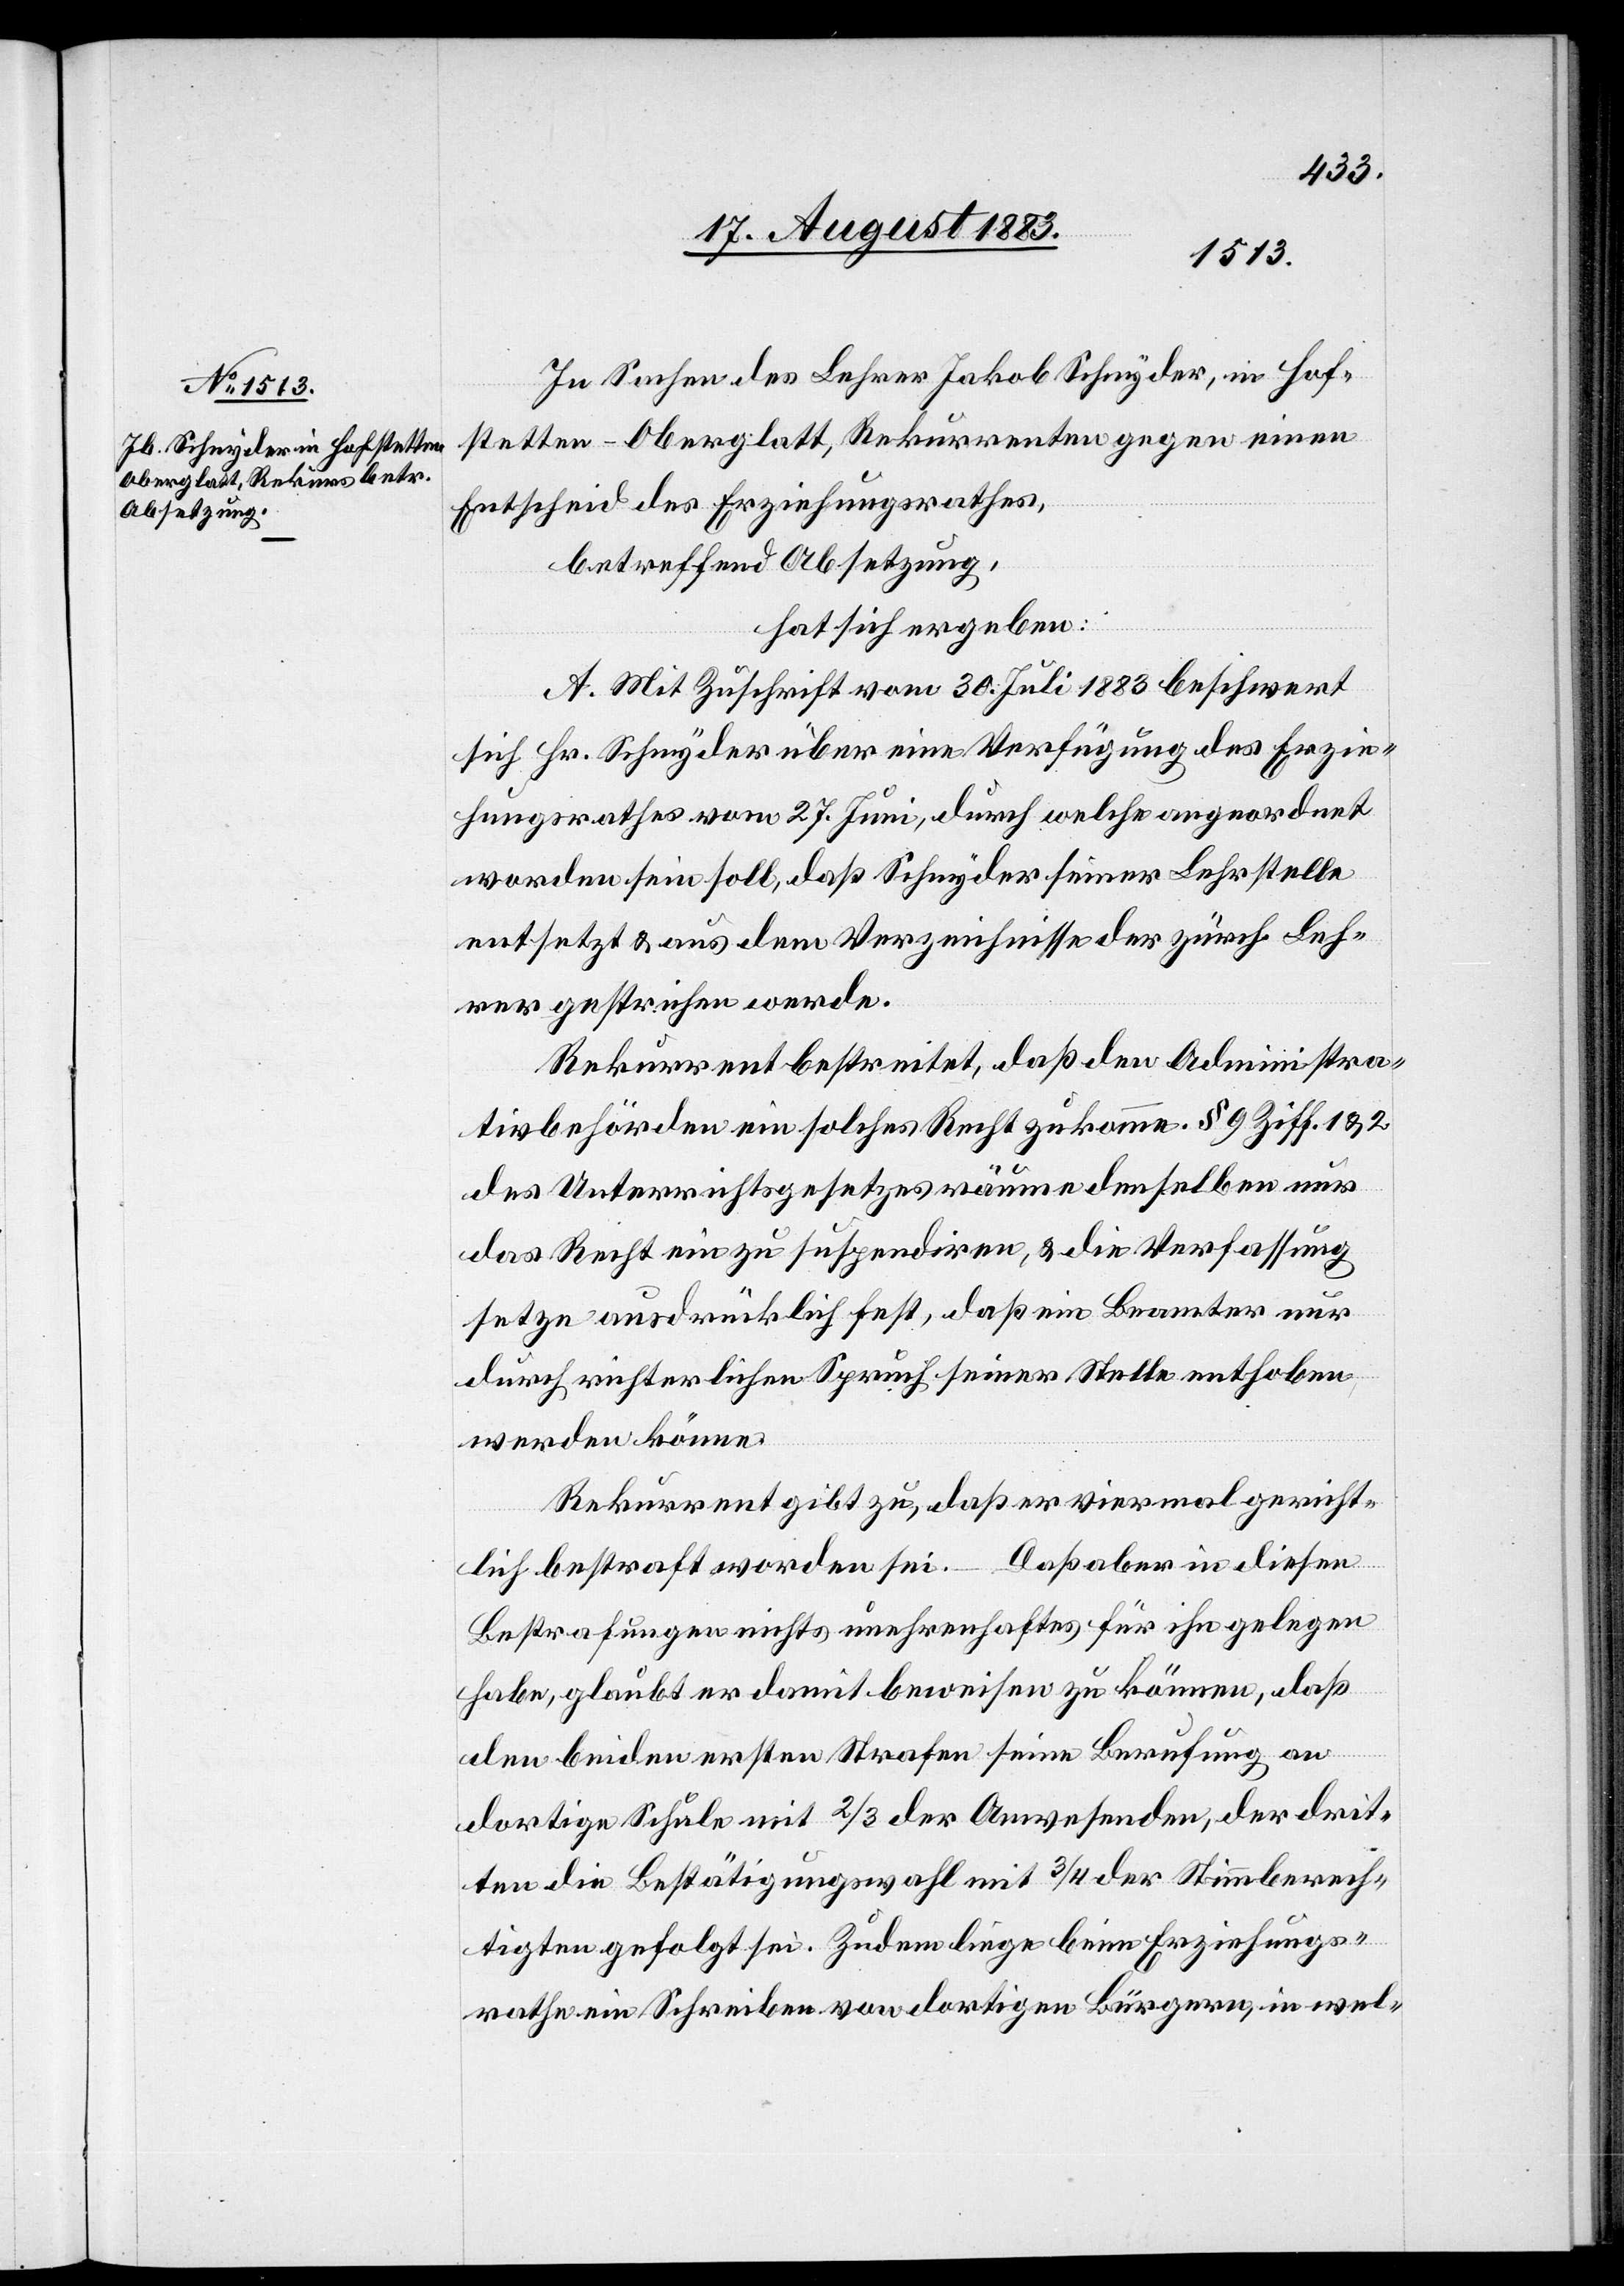
In Sachen des Lehrer Jakob Schnyder, in Hof¬
stetten - Oberglatt, Rekurrenten gegen einen
Entscheid des Erziehungsrathes,
betreffend Absetzung,
hat sich ergeben:
A. Mit Zuschrift vom 30. Juli 1883 beschwert
sich Hr. Schnyder über eine Verfügung des Erzie¬
hungsrathes vom 27. Juni, durch welche angeordnet
worden sein soll, daß Schnyder seiner Lehrstelle
entsetzt & aus dem Verzeichnisse der zürch. Leh¬
rer gestrichen werde.
Rekurrent bestreitet, daß den Administra¬
tivbehörden ein solches Recht zukomme. § 9 Ziff. 1 & 2
des Unterrichtsgesetzes räumen denselben nur
das Recht ein zu suspendiren, & die Verfassung
setze ausdrücklich fest, daß ein Beamter nur
durch richterlichen Spruch seiner Stelle enthoben
werden könne.
Rekurrent gibt zu, daß er viermal gericht¬
lich bestraft worden sei. – Daß aber in diesen
Bestrafungen nichts unehrenhaftes für ihn gelegen
habe, glaubt er damit beweisen zu können, daß
den beiden ersten Strafen seine Berufung an
dortige Schule mit 2/3 der Anwesenden, der drit¬
ten die Bestätigungswahl mit 3/4 der Stimmberech¬
tigten gefolgt sei. Zudem liege beim Erziehungs¬
rathe ein Schreiben von dortigen Bürgern, in wel-